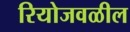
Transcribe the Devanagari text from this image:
रियोजवळील